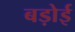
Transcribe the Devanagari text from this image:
बड़ोई